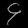
Digit: ၄